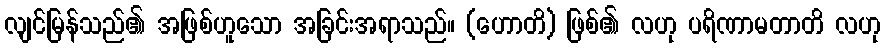
လျင်မြန်သည်၏ အဖြစ်ဟူသော အခြင်းအရာသည်။ (ဟောတိ) ဖြစ်၏ လဟု ပရိဏာမတာတိ လဟု